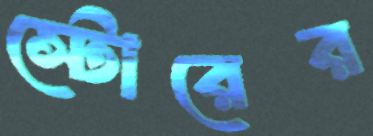
স্টোরের